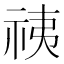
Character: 𰧷